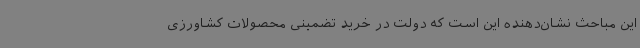
این مباحث نشان‌دهنده این است که دولت در خرید تضمینی محصولات کشاورزی